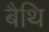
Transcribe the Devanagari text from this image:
बैथि